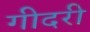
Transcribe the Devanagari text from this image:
गीदरी